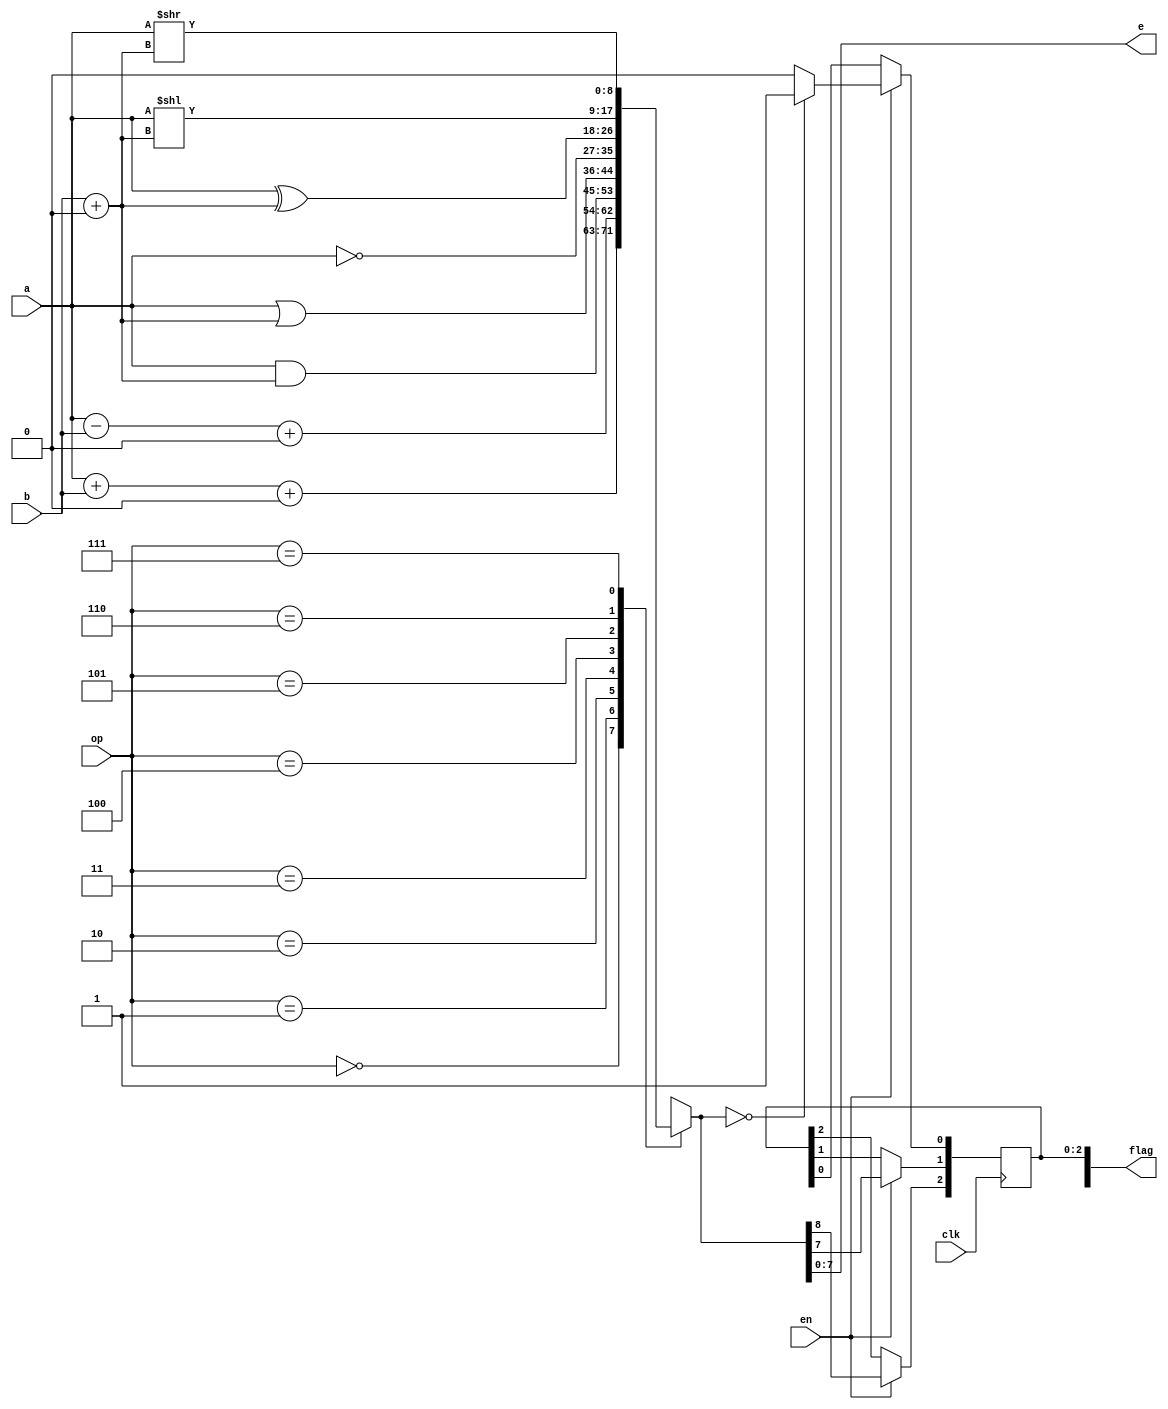
module alu(
    input clk,
    input en,
    input[7:0]a,
    input[7:0]b,
    input[2:0]op,
    output [7:0]e,
    output reg[7:0]flag
);
    reg [8:0]y;
    assign e=y[7:0];
    always@(a or b or op)
    begin
        case(op)
        3'b000:begin y=a+b+9'b0;end//add	
        3'b001:begin y=a-b+9'b0;end//sub
        3'b010:begin y=a&b+9'b0;end//and
        3'b011:begin y=a|b+9'b0;end//or
        3'b100:begin y=~a;end//not
        3'b101:begin y=a^b+9'b0;end//xor
        3'b110:begin y=a<<b+9'b0;end//shl
        3'b111:begin y=a>>b+9'b0;end//shr
        endcase
    end
    always@(negedge clk) 
    begin
        if(en==1'b1)
        begin
            flag[0]<=(y==9'b0)?1'b1:1'b0;
            flag[1]<=y[7];
            flag[2]<=y[8];
        end
    end
endmodule